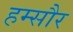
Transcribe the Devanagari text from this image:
हम्सौर